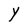
Character: Y